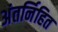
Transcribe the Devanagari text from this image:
अंतर्निहित